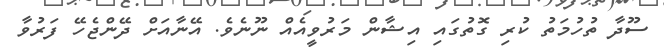
ސޫދާ ތުހުމަތު ކުރި ގޮތުގައި އިޝާން މަރުވީއެއް ނޫނެވެ. އޭނާއަށް ދޭންޖެހޭ ފަރުވާ